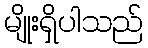
မျိုးရှိပါသည်